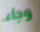
وجاء